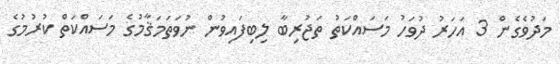
މަދުވެގެން 3 އަހަރު ދުވަހު މަސައްކަތު ތަޖުރިބާ ލިބިފައިވުން ނުވަތަމަޤާމުގެ މަސައްކަތް ކުރުމުގެ